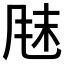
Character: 𫖼